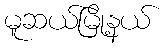
မူဆယ်မြို့နယ်